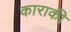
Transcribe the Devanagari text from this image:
काराकी